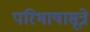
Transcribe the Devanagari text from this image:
परिभाषासूत्रे